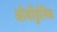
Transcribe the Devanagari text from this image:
ओर्थोड्रोमिक